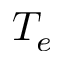
T _ { e }